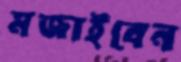
মজাইবেন